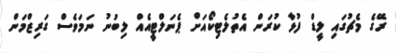
ރޭގެ މެޗުގައި ލީޑް ފުޅާ ކުރަން އެތުލެޓިކޯއަށް ޕެނަލްޓީއެއް ލިބުނު ނަމަވެސް ގަރިޒްމަން